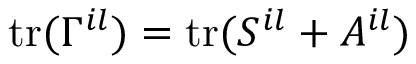
\mathrm { t r } ( \Gamma ^ { i l } ) = \mathrm { t r } ( { \cal S } ^ { i l } + { \cal A } ^ { i l } )